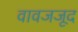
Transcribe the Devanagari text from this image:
वावजजूद